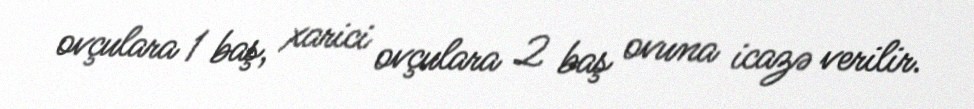
ovçulara 1 baş, xarici ovçulara 2 baş ovuna icazə verilir.